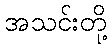
အသင်းတို့